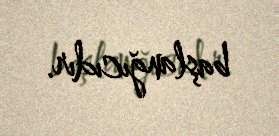
başlanğıcıdır.